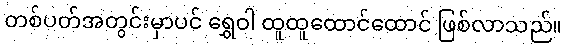
တစ်ပတ်အတွင်းမှာပင် ရွှေဝါ ထူထူထောင်ထောင် ဖြစ်လာသည်။